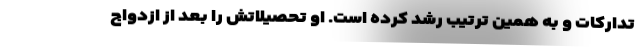
تدارکات و به همین ترتیب رشد کرده است. او تحصیلاتش را بعد از ازدواج